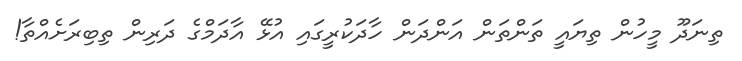
ތިނަދޫ މީހުން ތިޔައީ ތަންތަން އަންދަން ހާދަކުރީގައި އުޅޭ އާދަމްގެ ދަރިން ތިބިރަށެއްތާ!